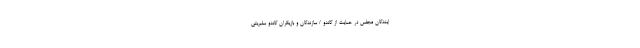
ایندگان مجلس در حمایت از گاندو / سازندگان و بازیگران گاندو سلبریتی